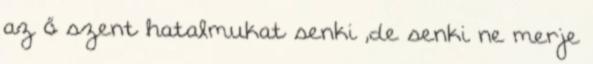
az ő szent hatalmukat senki ,de senki ne merje